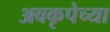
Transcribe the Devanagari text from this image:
अवकृपेच्या